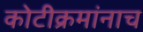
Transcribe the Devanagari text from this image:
कोटीक्रमांनाच